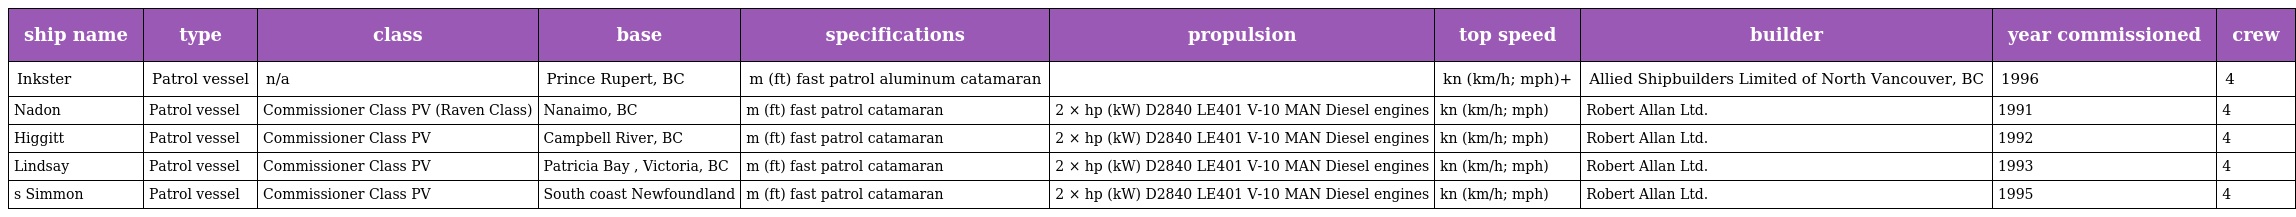
| ship name | type | class | base | specifications | propulsion | top speed | builder | year commissioned | crew |
 | --- | --- | --- | --- | --- | --- | --- | --- | --- | --- |
 | Inkster | Patrol vessel | n/a | Prince Rupert, BC | m (ft) fast patrol aluminum catamaran |  | kn (km/h; mph)+ | Allied Shipbuilders Limited of North Vancouver, BC | 1996 | 4 |
 | Nadon | Patrol vessel | Commissioner Class PV (Raven Class) | Nanaimo, BC | m (ft) fast patrol catamaran | 2 × hp (kW) D2840 LE401 V-10 MAN Diesel engines | kn (km/h; mph) | Robert Allan Ltd. | 1991 | 4 |
 | Higgitt | Patrol vessel | Commissioner Class PV | Campbell River, BC | m (ft) fast patrol catamaran | 2 × hp (kW) D2840 LE401 V-10 MAN Diesel engines | kn (km/h; mph) | Robert Allan Ltd. | 1992 | 4 |
 | Lindsay | Patrol vessel | Commissioner Class PV | Patricia Bay , Victoria, BC | m (ft) fast patrol catamaran | 2 × hp (kW) D2840 LE401 V-10 MAN Diesel engines | kn (km/h; mph) | Robert Allan Ltd. | 1993 | 4 |
 | s Simmon | Patrol vessel | Commissioner Class PV | South coast Newfoundland | m (ft) fast patrol catamaran | 2 × hp (kW) D2840 LE401 V-10 MAN Diesel engines | kn (km/h; mph) | Robert Allan Ltd. | 1995 | 4 |